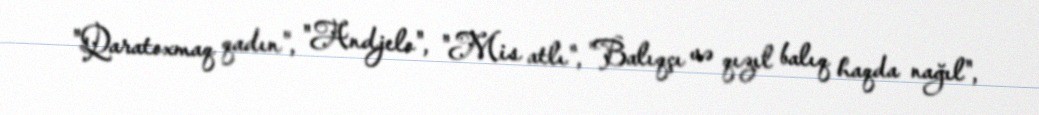
"Qaratoxmaq qadın", "Andjelo", "Mis atlı", "Balıqçı və qızıl balıq haqda nağıl",